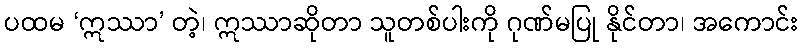
ပထမ ‘ဣဿာ’ တဲ့၊ ဣဿာဆိုတာ သူတစ်ပါးကို ဂုဏ်မပြု နိုင်တာ၊ အကောင်း